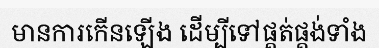
មានការកើនឡើង ដើម្បីទៅផ្គត់ផ្គង់ទាំង